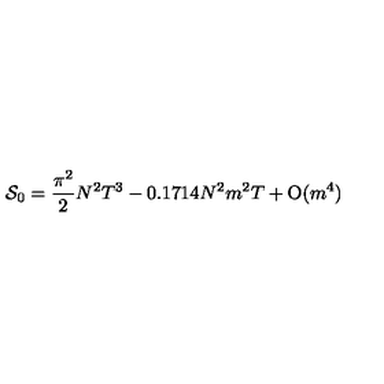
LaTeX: { \cal S } _ { 0 } = \frac { \pi ^ { 2 } } { 2 } N ^ { 2 } T ^ { 3 } - 0 . 1 7 1 4 N ^ { 2 } m ^ { 2 } T + \mathrm { O } ( m ^ { 4 } ) \